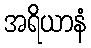
အရိယာနံ